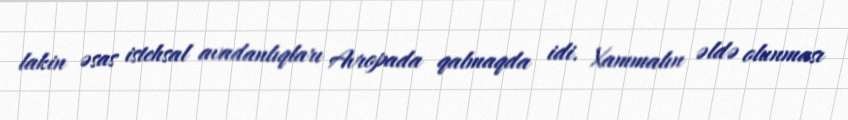
lakin əsas istehsal avadanlıqları Avropada qalmaqda idi. Xammalın əldə olunması